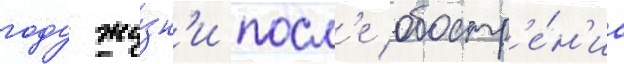
году жи́зн'и посл'е обостр'е́н'иа